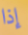
إذا